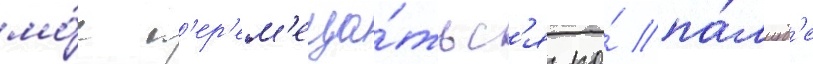
мо́г п'ер'ем'еща́тьс'я по́ па́луб'е